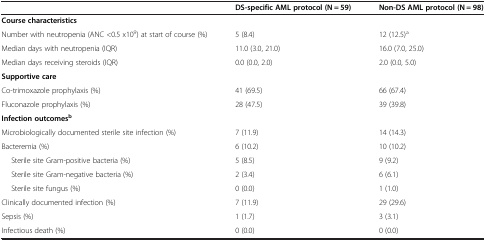
<table><thead><tr><td><b> </b></td><td><b>DS-specific AML protocol (N = 59)</b></td><td><b>Non-DS AML protocol (N = 98)</b></td></tr></thead><tbody><tr><td><b>Course characteristics</b></td><td> </td><td> </td></tr><tr><td>Number with neutropenia (ANC &lt;0.5 x10<sup>9</sup>) at start of course (%)</td><td>5 (8.4)</td><td>12 (12.5)<sup>a</sup></td></tr><tr><td>Median days with neutropenia (IQR)</td><td>11.0 (3.0, 21.0)</td><td>16.0 (7.0, 25.0)</td></tr><tr><td>Median days receiving steroids (IQR)</td><td>0.0 (0.0, 2.0)</td><td>2.0 (0.0, 5.0)</td></tr><tr><td><b>Supportive care</b></td><td> </td><td> </td></tr><tr><td>Co-trimoxazole prophylaxis (%)</td><td>41 (69.5)</td><td>66 (67.4)</td></tr><tr><td>Fluconazole prophylaxis (%)</td><td>28 (47.5)</td><td>39 (39.8)</td></tr><tr><td><b>Infection outcomes</b><sup><b>b</b></sup></td><td> </td><td> </td></tr><tr><td>Microbiologically documented sterile site infection (%)</td><td>7 (11.9)</td><td>14 (14.3)</td></tr><tr><td>Bacteremia (%)</td><td>6 (10.2)</td><td>10 (10.2)</td></tr><tr><td>Sterile site Gram-positive bacteria (%)</td><td>5 (8.5)</td><td>9 (9.2)</td></tr><tr><td>Sterile site Gram-negative bacteria (%)</td><td>2 (3.4)</td><td>6 (6.1)</td></tr><tr><td>Sterile site fungus (%)</td><td>0 (0.0)</td><td>1 (1.0)</td></tr><tr><td>Clinically documented infection (%)</td><td>7 (11.9)</td><td>29 (29.6)</td></tr><tr><td>Sepsis (%)</td><td>1 (1.7)</td><td>3 (3.1)</td></tr><tr><td>Infectious death (%)</td><td>0 (0.0)</td><td>0 (0.0)</td></tr></tbody></table>